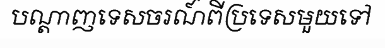
បណ្តាញទេសចរណ៍ពីប្រទេសមួយទៅ